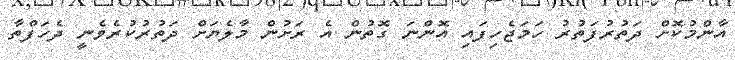
އާންމުކޮށް ދަތުރުފަތުރު ހަމަޖެހިފައި އޮންނަ ގޮތުން އެ ރަށުން މާލެޔަށް ދަތުރުކުރެވެނީ ދެހަފްތާ